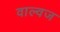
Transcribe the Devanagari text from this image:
वाल्वज